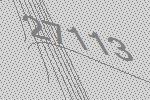
27113